Vaccination in the Punjab 1883-1896 - 1883-1896
Year: 1883
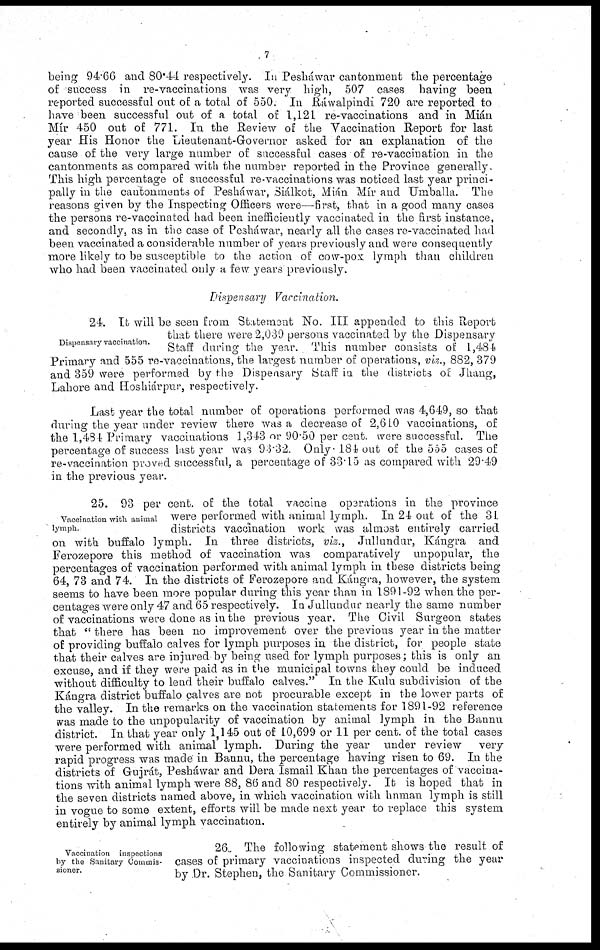
7
being 94.66 and 80.44 respectively. In Pesháwar cantonment the percentage
of success in re-vaccinations was very high, 507 cases having been,
reported successful out of a total of 550. In Ráwalpindi 720 are reported to
have been successful out of a total of 1,121 re-vaccinations and in Mián
Mír 450 out of 771. In the Review of the Vaccination Report for last
year His Honor the Lieutenant-Governor asked for an explanation of the
cause of the very large number of successful cases of re-vaccination in the
cantonments as compared with the number reported in the Province generally
This high percentage of successful re-vaccinations was noticed last year princi-
pally in the cantonments of Pesháwar, Siálkot, Mián Mír and Umballa. The
reasons given by the Inspecting Officers were—first, that in a good many cases
the persons re-vaccinated had been inefficiently vaccinated in the first instance,
and secondly, as in the case of Pesháwar, nearly all the cases re-vaccinated had
been vaccinated a considerable number of years previously and were consequently
more likely to be susceptible to the action of cow-pox lymph than children
who had been vaccinated only a few years previously.
Dispensary
Vaccination.
Dispensary vaccination.
24. It will be seen from Statement No. III appended to this Report
that there were 2,039 persons vaccinated by the Dispensary
Staff during the year. This number consists of 1,484
Primary and 555 re-vaccinations, the largest number of operations, viz., 882, 379
and 359 were performed by the Dispensary Staff in the districts of Jhang,
Lahore and Hoshiárpur, respectively.
Last year the total number of operations performed was 4,649, so that
during the year under review there was a decrease of 2,610 vaccinations, of
the 1,484 Primary vaccinations 1,343 or 90.50 per cent. were successful. The
percentage of success last year was 93.32. Only 184 out of the 555 cases of
re-vaccination proved successful, a percentage of 33.15 as compared with 29.49
in the previous year.
Vaccination with animal
lymph.
25. 93 per cent. of the total vaccine operations in the province
were performed with animal lymph. In 24 out of the 31
districts vaccination work was almost entirely carried
on with buffalo lymph. In three districts, viz., Jullundur, Kángra and
Ferozepore this method of vaccination was comparatively unpopular, the
percentages of vaccination performed with animal lymph in these districts being
64, 73 and 74. In the districts of Ferozepore and Kángra, however, the system
seems to have been more popular during this year than in 1891-92 when the per-
centages were only 47 and 65 respectively. In Jullundur nearly the same number
of vaccinations were done as in the previous year. The Civil Surgeon states
that "there has been no improvement over the previous year in the matter
of providing buffalo calves for lymph purposes in the district, for people state
that their calves are injured by being used for lymph purposes; this is only an
excuse, and if they were paid as in the municipal towns they could be induced
without difficulty to lend their buffalo calves." In the Kulu subdivision of the
Kángra district buffalo calves are not procurable except in the lower parts of
the valley. In the remarks on the vaccination statements for 1891-92 reference
was made to the unpopularity of vaccination by animal lymph in the Bannu
district. In that year only 1,145 out of 10,699 or 11 per cent. of the total cases
were performed with animal lymph. During the year under review
very
rapid progress was made in Bannu, the percentage having risen to 69. In the
districts of Gujrát, Pesháiwar and Dera Ismail Khan the percentages of vaccina-
tions with animal lymph were 88, 86 and 80 respectively. It is hoped that in
the seven districts named above, in which vaccination with human lymph is still
in vogue to some extent, efforts will be made next year to replace this system
entirely by animal lymph vaccination.
Vaccination inspections
by the Sanitary Commis-
sioner.
26. The following statement shows the result of
cases of primary vaccinations inspected during the year
by Dr. Stephen, the Sanitary Commissioner.